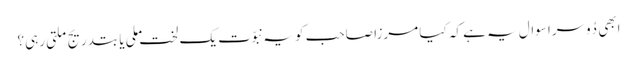
ابھی دُوسرا سوال یہ ہے کہ کیا مرزا صاحب کو یہ نبوّت یک لخت ملی یا بتدریج ملتی رہی؟